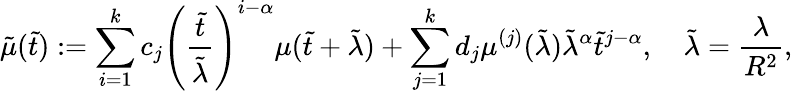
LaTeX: \tilde{\mu}(\tilde{t}):=\sum_{i=1}^{k}c_{j}\left(\frac{\tilde{t}}{\tilde{\lambda}}\right)^{i-\alpha}\mu(\tilde{t}+\tilde{\lambda})+\sum_{j=1}^{k}d_{j}\mu^{(j)}(\tilde{\lambda})\tilde{\lambda}^{\alpha}\tilde{t}^{j-\alpha},\quad\tilde{\lambda}=\frac{\lambda}{R^{2}},